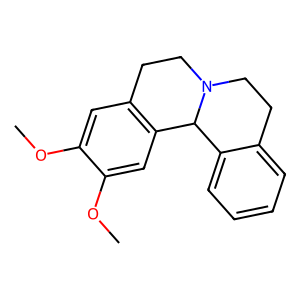
SMILES: COc1cc2c(cc1OC)C1c3ccccc3CCN1CC2
Inhibits HIV replication: No